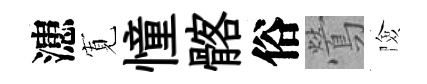
漶𡩖憧髂俗鶯險